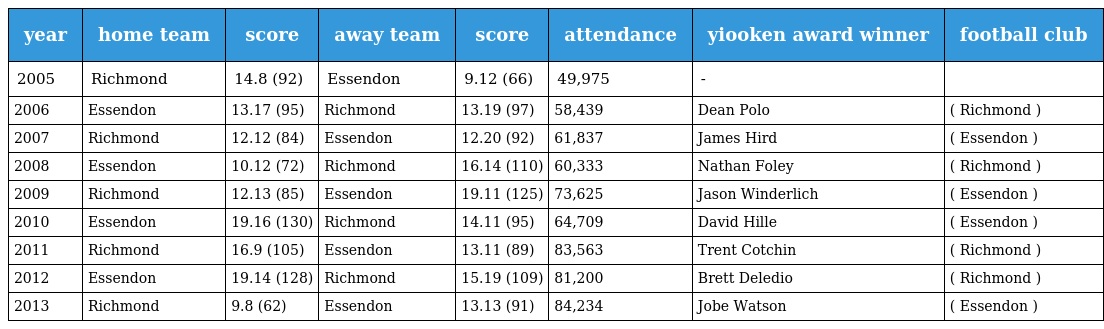
| year | home team | score | away team | score | attendance | yiooken award winner | football club |
 | --- | --- | --- | --- | --- | --- | --- | --- |
 | 2005 | Richmond | 14.8 (92) | Essendon | 9.12 (66) | 49,975 | - |  |
 | 2006 | Essendon | 13.17 (95) | Richmond | 13.19 (97) | 58,439 | Dean Polo | ( Richmond ) |
 | 2007 | Richmond | 12.12 (84) | Essendon | 12.20 (92) | 61,837 | James Hird | ( Essendon ) |
 | 2008 | Essendon | 10.12 (72) | Richmond | 16.14 (110) | 60,333 | Nathan Foley | ( Richmond ) |
 | 2009 | Richmond | 12.13 (85) | Essendon | 19.11 (125) | 73,625 | Jason Winderlich | ( Essendon ) |
 | 2010 | Essendon | 19.16 (130) | Richmond | 14.11 (95) | 64,709 | David Hille | ( Essendon ) |
 | 2011 | Richmond | 16.9 (105) | Essendon | 13.11 (89) | 83,563 | Trent Cotchin | ( Richmond ) |
 | 2012 | Essendon | 19.14 (128) | Richmond | 15.19 (109) | 81,200 | Brett Deledio | ( Richmond ) |
 | 2013 | Richmond | 9.8 (62) | Essendon | 13.13 (91) | 84,234 | Jobe Watson | ( Essendon ) |